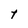
Character: t